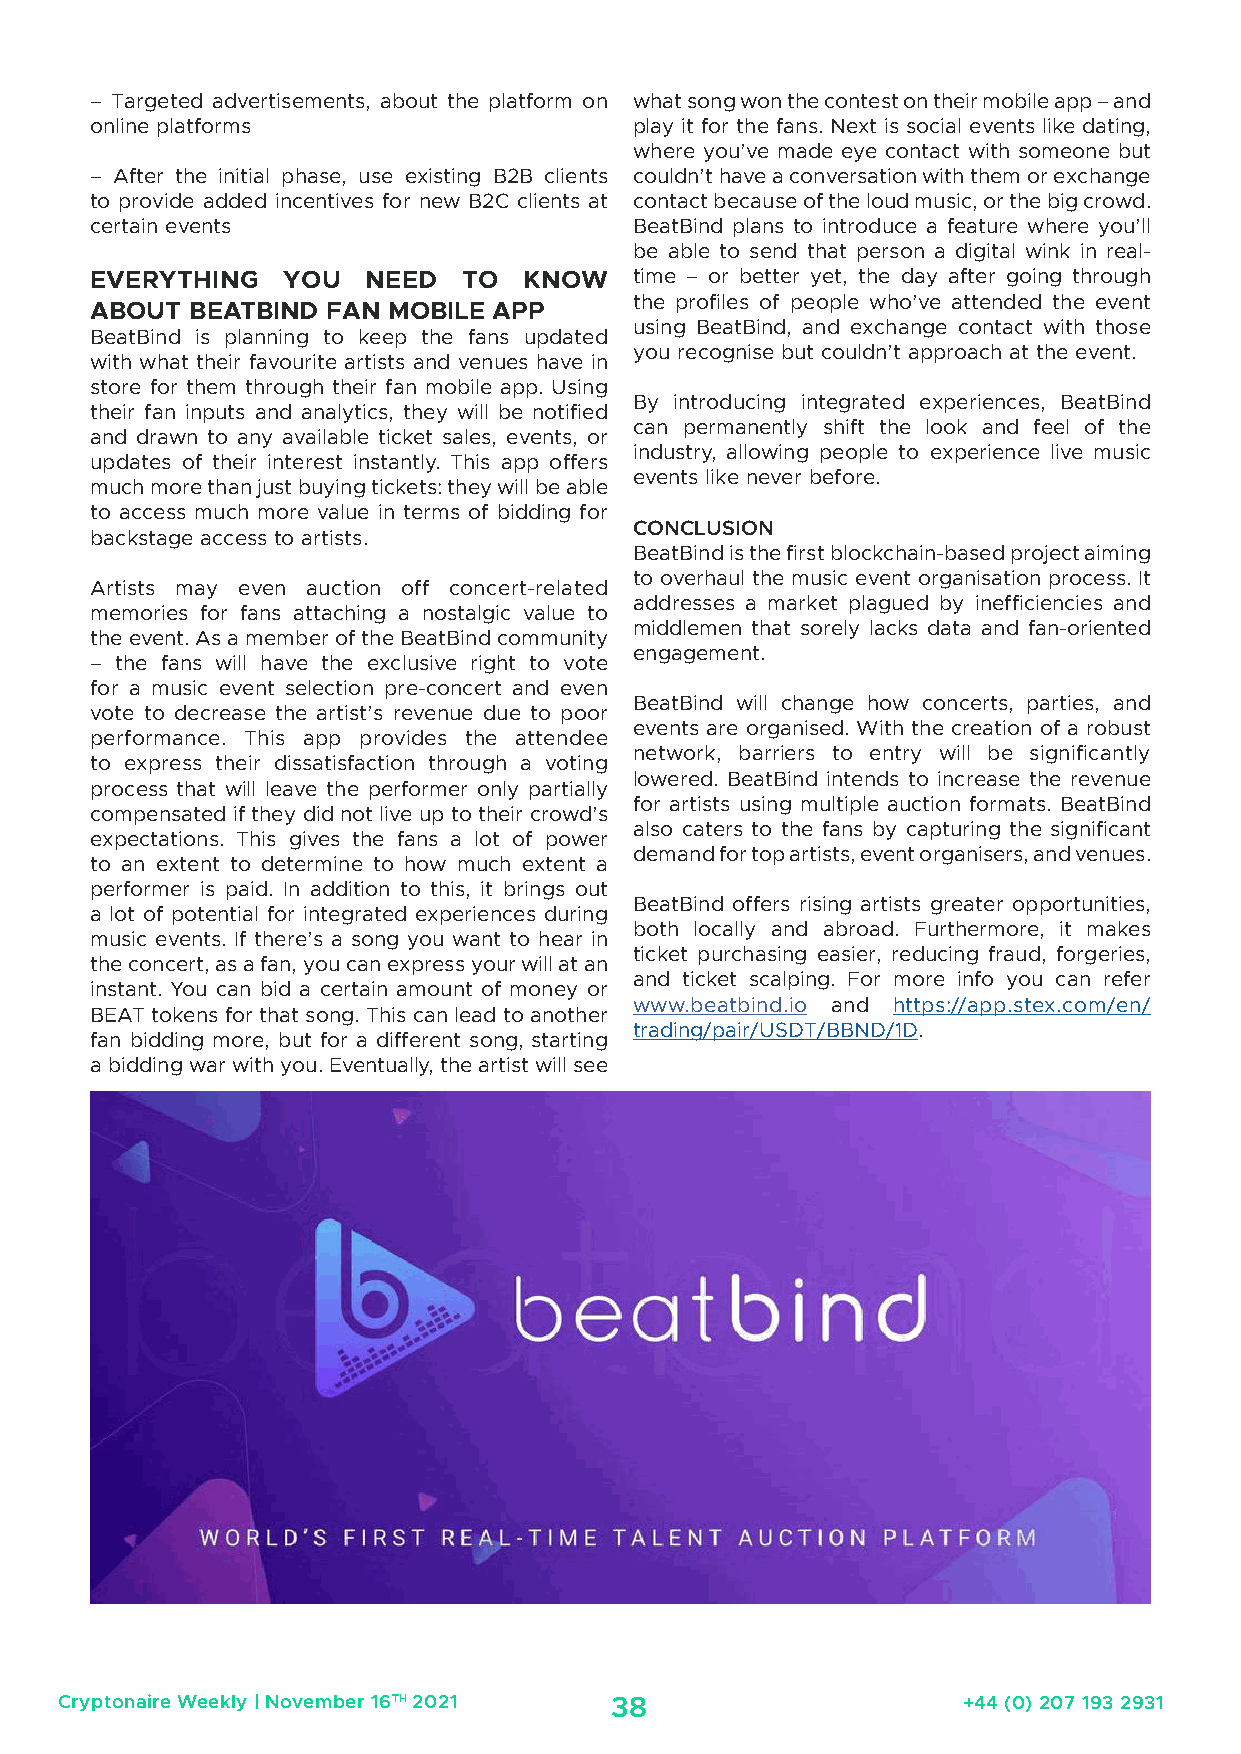
– Targeted advertisements, about the platform on what song won the contest on their mobile app – and
 online platforms                    play it for the fans. Next is social events like dating,
 where you’ve made eye contact with someone but
 – After the initial phase, use existing B2B clients couldn’t have a conversation with them or exchange
 to provide added incentives for new B2C clients at contact because of the loud music, or the big crowd.
 certain events                      BeatBind plans to introduce a feature where you’ll
 be able to send that person a digital wink in real-
 EVERYTHING   YOU  NEED   TO  KNOW   time – or better yet, the day after going through
 the profiles of people who’ve attended the event
 ABOUT  BEATBIND FAN MOBILE APP
 using BeatBind, and exchange contact with those
 BeatBind is planning to keep the fans updated
 you recognise but couldn’t approach at the event.
 with what their favourite artists and venues have in
 store for them through their fan mobile app. Using
 By introducing integrated experiences, BeatBind
 their fan inputs and analytics, they will be notified
 can permanently shift the look and feel of the
 and drawn to any available ticket sales, events, or
 industry, allowing people to experience live music
 updates of their interest instantly. This app offers
 events like never before.
 much more than just buying tickets: they will be able
 to access much more value in terms of bidding for
 CONCLUSION
 backstage access to artists.
 BeatBind is the first blockchain-based project aiming
 to overhaul the music event organisation process. It
 Artists may even auction off concert-related
 addresses a market plagued by inefficiencies and
 memories for fans attaching a nostalgic value to
 middlemen that sorely lacks data and fan-oriented
 the event. As a member of the BeatBind community
 engagement.
 – the fans will have the exclusive right to vote
 for a music event selection pre-concert and even
 BeatBind will change how concerts, parties, and
 vote to decrease the artist’s revenue due to poor
 events are organised. With the creation of a robust
 performance. This app provides the attendee
 network, barriers to entry will be significantly
 to express their dissatisfaction through a voting
 lowered. BeatBind intends to increase the revenue
 process that will leave the performer only partially
 for artists using multiple auction formats. BeatBind
 compensated if they did not live up to their crowd’s
 also caters to the fans by capturing the significant
 expectations. This gives the fans a lot of power
 demand for top artists, event organisers, and venues.
 to an extent to determine to how much extent a
 performer is paid. In addition to this, it brings out
 BeatBind offers rising artists greater opportunities,
 a lot of potential for integrated experiences during
 both locally and abroad. Furthermore, it makes
 music events. If there’s a song you want to hear in
 ticket purchasing easier, reducing fraud, forgeries,
 the concert, as a fan, you can express your will at an
 and ticket scalping. For more info you can refer
 instant. You can bid a certain amount of money or
 www.beatbind.io and https://app.stex.com/en/
 BEAT tokens for that song. This can lead to another
 trading/pair/USDT/BBND/1D.
 fan bidding more, but for a different song, starting
 a bidding war with you. Eventually, the artist will see
 Cryptonaire Weekly | November 16TH 2021 38                  +44 (0) 207 193 2931